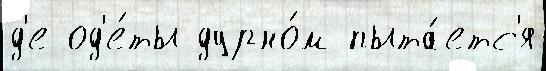
д'е од'е́ты дурно́м пыта́етс'я